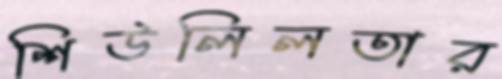
শিউলিলতার